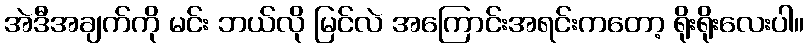
အဲဒီအချက်ကို မင်း ဘယ်လို မြင်လဲ အကြောင်းအရင်းကတော့ ရိုးရိုးလေးပါ။